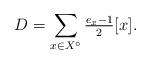
LaTeX: \begin{align*}D = \sum_{x \in X^\circ} \tfrac{e_x - 1}{2} [x].\end{align*}